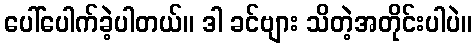
ပေါ်ပေါက်ခဲ့ပါတယ်။ ဒါ ခင်ဗျား သိတဲ့အတိုင်းပါပဲ။